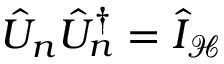
\hat { U } _ { n } \hat { U } _ { n } ^ { \dagger } = \hat { I } _ { \mathcal { H } }